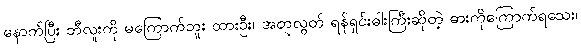
နောက်ပြီး ဘီလူးကို မကြောက်ဘူး ထားဦး၊ အတုလွတ် ရန်ရှင်းဓါးကြီးဆိုတဲ့ ဓားကိုကြောက်ရသေး၊